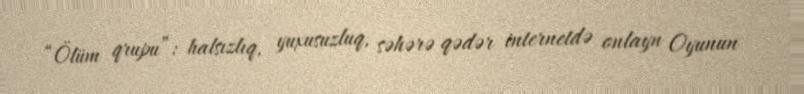
“Ölüm qrupu”: halsızlıq, yuxusuzluq, səhərə qədər internetdə onlayn Oyunun